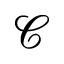
\mathcal { C }